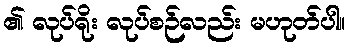
၏ လုပ်ရိုး လုပ်စဉ်လည်း မဟုတ်ပါ။